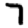
Digit: 7